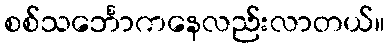
စစ်သင်္ဘောကနေလည်းလာတယ်။